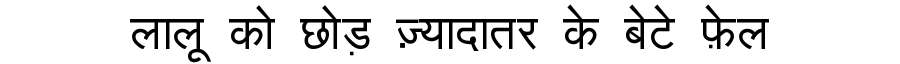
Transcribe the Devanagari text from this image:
लालू को छोड़ ज़्यादातर के बेटे फ़ेल